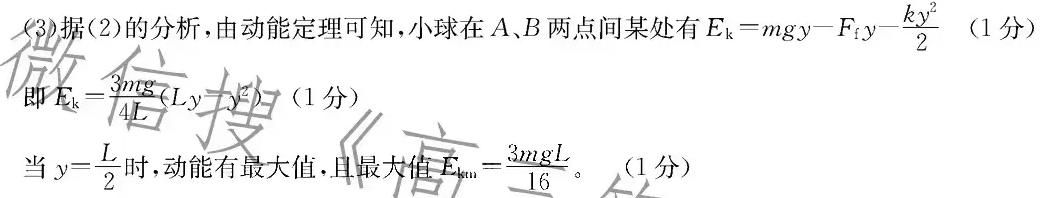
(3)据(2)的分析,由动能定理可知,小球在$A、B$两点间某处有$E_{\mathrm{k}} = mgy - F_{\mathrm{f}}y - \frac{ky^{2}}{2}$ (1分)
即$E_{\mathrm{k}}=\frac{3mg}{4L}(Ly - y^{2})$ (1分)
当$y = \frac{L}{2}$时,动能有最大值,且最大值$E_{\mathrm{km}}=\frac{3mgL}{16}$。 (1分)